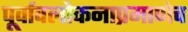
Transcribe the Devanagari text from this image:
पूर्वावलोकनाप्रमाणेच